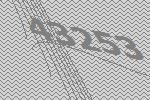
43253